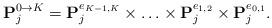
LaTeX: \begin{align*}{\bf{P}}^{0\to K}_j={\bf{P}}^{e_{K-1,K}}_j \times \ldots \times {\bf{P}}^{e_{1,2}}_j \times {\bf{P}}^{e_{0,1}}_j.\end{align*}